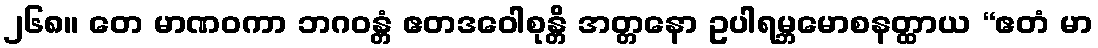
၂၆၈။ တေ မာဏဝကာ ဘဂဝန္တံ ဧတဒဝေါစုန္တိ အတ္တနော ဥပါရမ္ဘမောစနတ္ထာယ “ဧတံ မာ